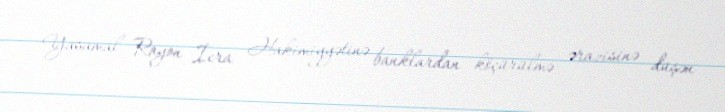
Yasamal Rayon İcra Hakimiyyətinə banklardan köçürülmə ərazisinə düşən